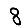
Digit: 8